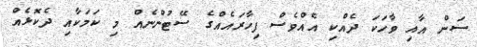
ސަން އާއި ވާހަކަ ދެއްކި އެއްވެސް ފިހާރައެއްގެ ސޭޓުންނެއް މި ކަމަކާއި ދެކޮޅެއް